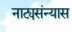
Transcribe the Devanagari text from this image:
नाट्यसंन्यास